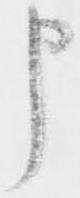
申